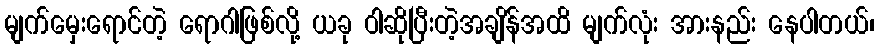
မျက်မှေးရောင်တဲ့ ရောဂါဖြစ်လို့ ယခု ဝါဆိုပြီးတဲ့အချိန်အထိ မျက်လုံး အားနည်း နေပါတယ်၊